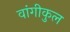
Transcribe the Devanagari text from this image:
वांगीकुल